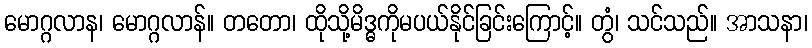
မောဂ္ဂလာန၊ မောဂ္ဂလာန်။ တတော၊ ထိုသို့မိဒ္ဓကိုမပယ်နိုင်ခြင်းကြောင့်။ တွံ၊ သင်သည်။ အာသနာ၊